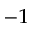
^ { - 1 }